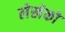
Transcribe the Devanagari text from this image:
लेखेको